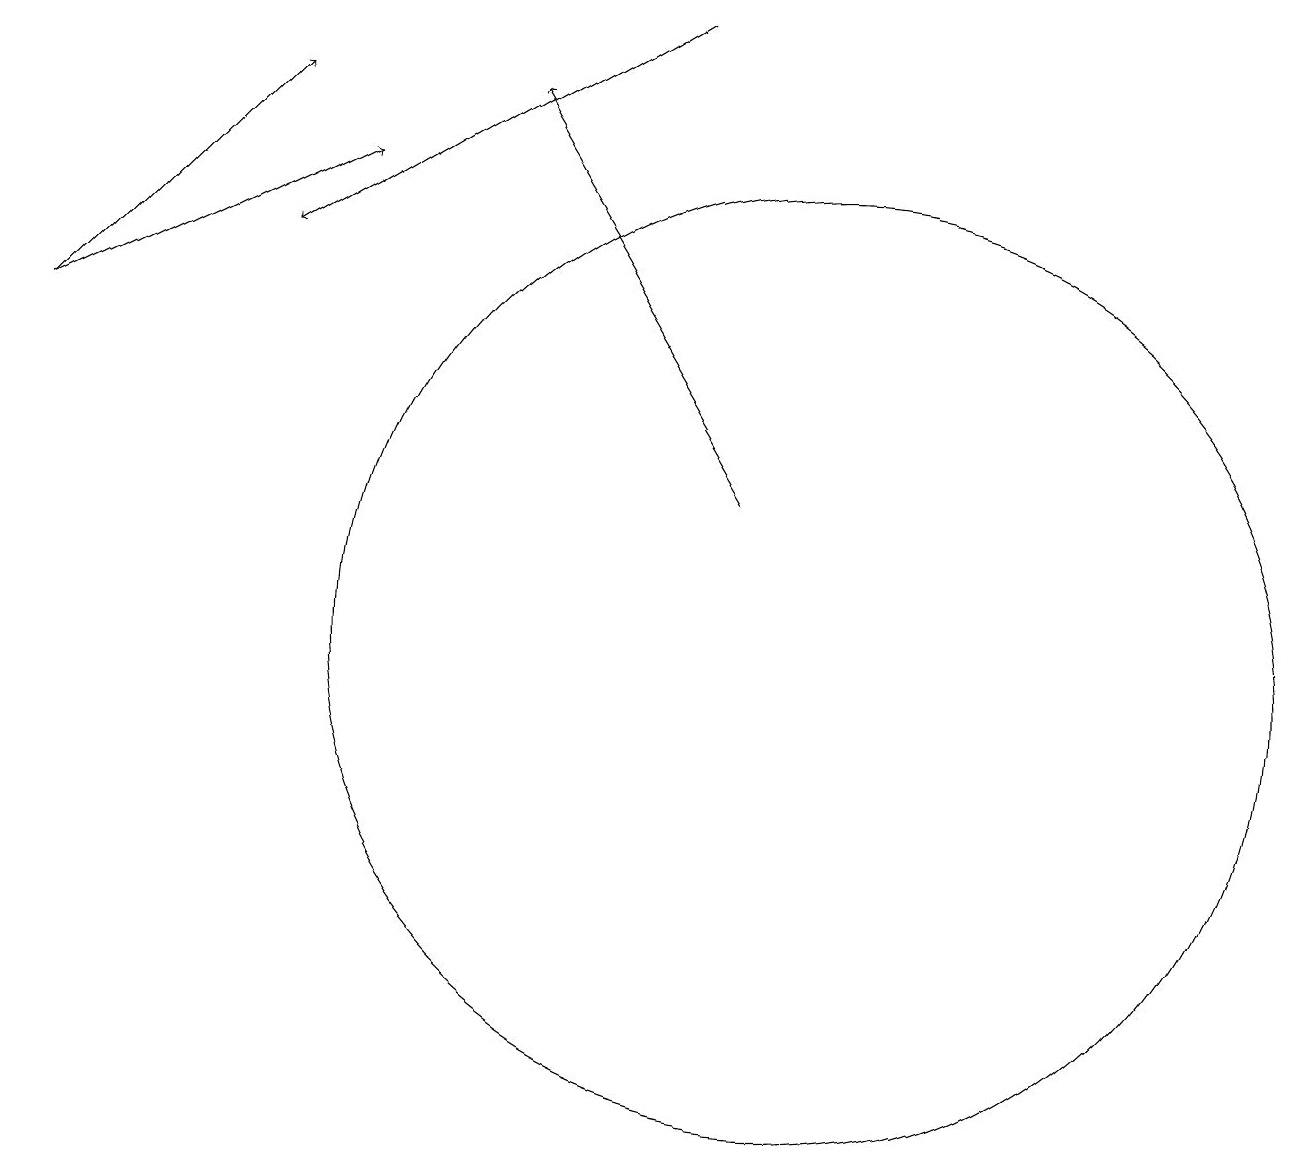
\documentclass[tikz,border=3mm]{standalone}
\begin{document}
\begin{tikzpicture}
\draw[->] (0,15) -- (4,17);
\draw[->] (9,13) -- (6,18);
\draw (10,11) circle (6);
\draw[->] (8,19) -- (3,16);
\draw[->] (0,15) -- (3,18);
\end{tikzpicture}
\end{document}